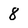
Character: 8